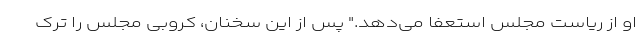
او از ریاست مجلس استعفا می‌دهد." پس از این سخنان، کروبی مجلس را ترک